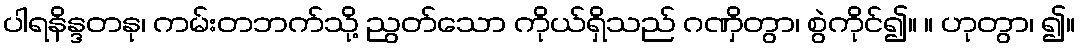
ပါရနိန္ဒတနု၊ ကမ်းတဘက်သို့ ညွတ်သော ကိုယ်ရှိသည် ဂဏှိတွာ၊ စွဲကိုင်၍။ ။ ဟုတွာ၊ ၍။